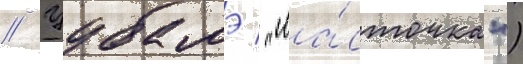
// Цубамэ / "ла́сточка")